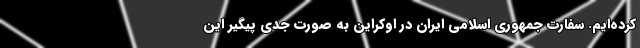
کرده‌ایم. سفارت جمهوری اسلامی ایران در اوکراین به صورت جدی پیگیر این